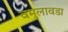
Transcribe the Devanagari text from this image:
वमुलावडा